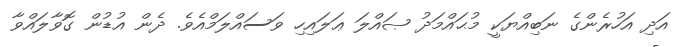
އަދި އަހުރެންގެ ނަބިއްޔަކީ މުޙައްމަދު ޞައްލަ ޢަލައިހި ވަސައްލަމްއެވެ. ދެން އުޑުން ގޮވާލައްވާ